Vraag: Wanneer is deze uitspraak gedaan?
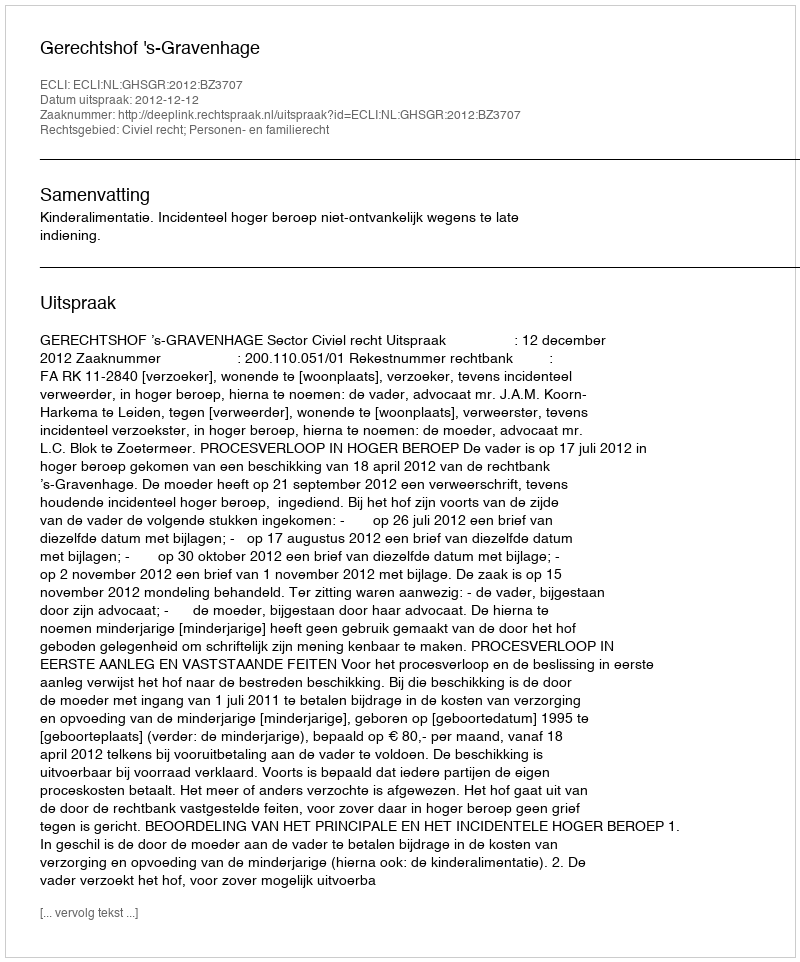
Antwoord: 2012-12-12